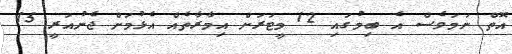
އޮތް ނަމަވެސް އެ ބިމުގައި 12 މީޓަރަށް އިމާރާތެއް އެޅުމަށް ޖެނުއަރީ 15